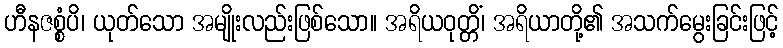
ဟီနဇစ္စံပိ၊ ယုတ်သော အမျိုးလည်းဖြစ်သော။ အရိယဝုတ္တိံ၊ အရိယာတို့၏ အသက်မွေးခြင်းဖြင့်